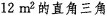
12m^{2}的直角三角